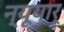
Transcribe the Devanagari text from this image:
न्यूयार्